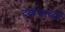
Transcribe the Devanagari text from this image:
दर्शनाच्या